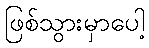
ဖြစ်သွားမှာပေါ့